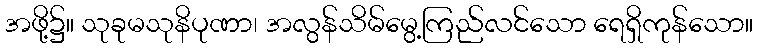
အဖို့၌။ သုခုမသုနိပုဏာ၊ အလွန်သိမ်မွေ့ကြည်လင်သော ရေရှိကုန်သော။